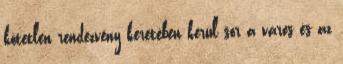
kötetlen rendezvény keretében kerül sor a város és az